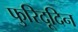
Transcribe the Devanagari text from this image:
फुरिदूदिन